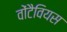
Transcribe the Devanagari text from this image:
वोंटैवियस